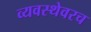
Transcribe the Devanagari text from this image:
व्यवस्थेवरच